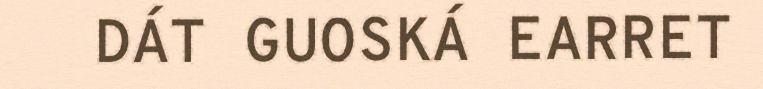
DÁT GUOSKÁ EARRET